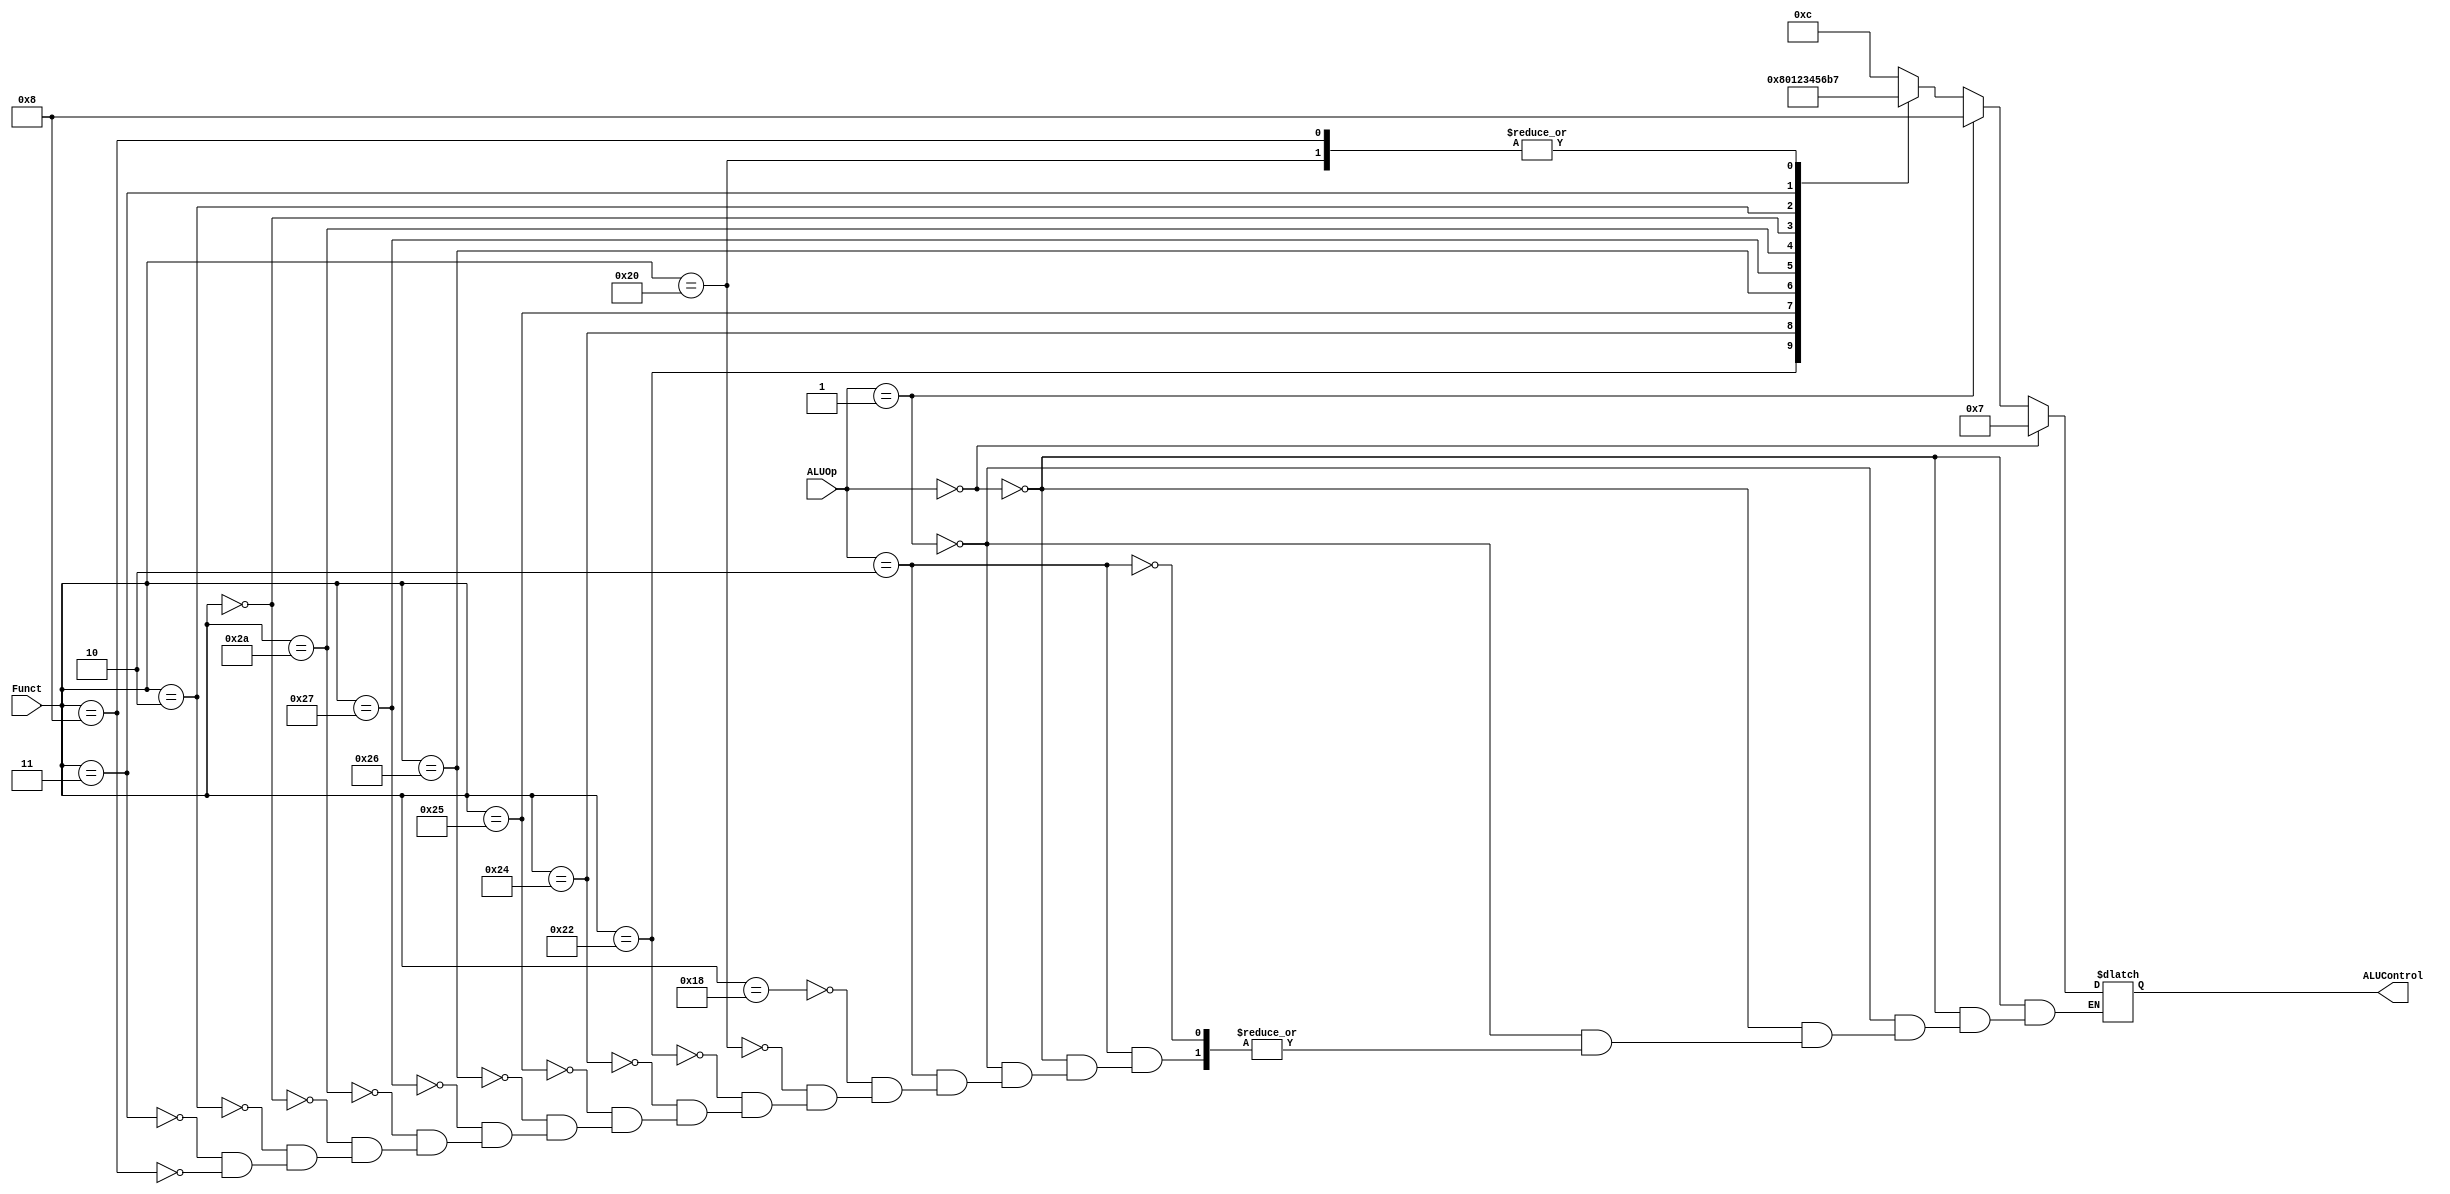
`timescale 1ns / 1ps
`default_nettype none //helps catch typo-related bugs
//////////////////////////////////////////////////////////////////////////////////
// 
// CS 141 - Fall 2015
// Module Name:    alu_decoder 
// Author(s): 
// Description: 
//
//
//////////////////////////////////////////////////////////////////////////////////
module alu_decoder(ALUOp, Funct, ALUControl);
	input wire [1:0] ALUOp;
	input wire [5:0] Funct;
	output wire [3:0] ALUControl;
	reg [3:0] ALUControlIntl;
	//parameter definitions
	assign ALUControl = ALUControlIntl;
	//port definitions - customize for different bit widths
	
	always @(ALUOp, Funct) begin
	
	    // Add
		 if (ALUOp == 2'b00) begin
		     ALUControlIntl = 4'b0111;
		 end
		 
		 // Subtract 
		 else if (ALUOp == 2'b01) begin
			  ALUControlIntl = 4'b1000;
		 end
		 
		 // R Type
		 else if (ALUOp == 2'b10) begin
			  case (Funct)
					// multiply
			      6'b011000: begin
					    ALUControlIntl = 4'b1100;
//						 $display("Multiply ALU decode");
					end
						
			      // add
			      6'b100000: begin
					    ALUControlIntl = 4'b0111;
					end
					
					// sub
			      6'b100010: begin
					    ALUControlIntl = 4'b1000;
					end
					
					// and
			      6'b100100: begin
					    ALUControlIntl = 4'b0000;
					end
					
					// or
			      6'b100101: begin
					    ALUControlIntl = 4'b0001;
					end
					
					// xor
			      6'b100110: begin
					    ALUControlIntl = 4'b0010;
					end
					
					// nor
			      6'b100111: begin
					    ALUControlIntl = 4'b0011;
					end
					
					// slt
			      6'b101010: begin
					    ALUControlIntl = 4'b0100;
					end
					
					// sll
			      6'b000000: begin
					    ALUControlIntl = 4'b0101;
					end
					
					// srl
			      6'b000010: begin
					    ALUControlIntl = 4'b0110;
					end
					
					// sra
			      6'b000011: begin
					    ALUControlIntl = 4'b1011;
					end
					
					//jr
					6'b001000: begin
						ALUControlIntl = 4'b0111;
					end
			endcase
					
				
		 end 
	end


endmodule
`default_nettype wire //some Xilinx IP requires that the default_nettype be set to wire